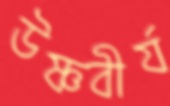
উষ্ণবীর্য